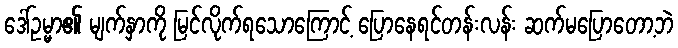
ဒေါ်ဥမ္မာ၏ မျက်နှာကို မြင်လိုက်ရသောကြောင့် ပြောနေရင်တန်းလန်း ဆက်မပြောတော့ဘဲ